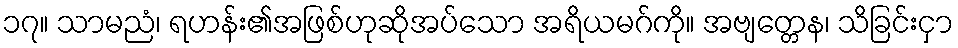
၁၇။ သာမညံ၊ ရဟန်း၏အဖြစ်ဟုဆိုအပ်သော အရိယမဂ်ကို။ အဗျတ္တေန၊ သိခြင်းငှာ